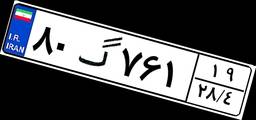
۸۰گ۷۶۱۱۹